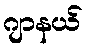
ဂျာနယ်